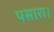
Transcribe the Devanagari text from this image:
पसारा।